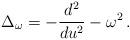
LaTeX: \begin{align*}\Delta_{\omega} = -{d^2 \over du^2} -\omega^2 \, .\end{align*}